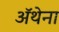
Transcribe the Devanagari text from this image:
ॲथेना